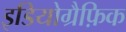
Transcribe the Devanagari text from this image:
इडियोग्रैफ़िक